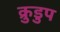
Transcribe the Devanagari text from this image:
क्रुडुप